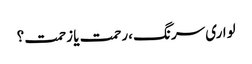
لواری سرنگ ،رحمت یا زحمت ؟